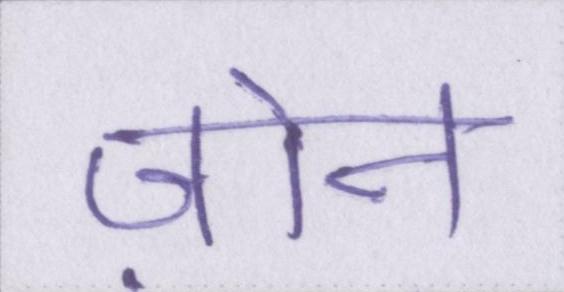
ज़ोन